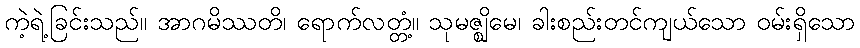
ကဲ့ရဲ့ခြင်းသည်။ အာဂမိဿတိ၊ ရောက်လတ္တံ့။ သုမဇ္ဈိမေ၊ ခါးစည်းတင်ကျယ်သော ဝမ်းရှိသော